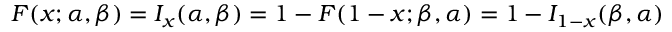
F ( x ; \alpha , \beta ) = I _ { x } ( \alpha , \beta ) = 1 - F ( 1 - x ; \beta , \alpha ) = 1 - I _ { 1 - x } ( \beta , \alpha )